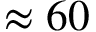
\approx 6 0